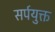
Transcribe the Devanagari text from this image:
सर्पयुक्त